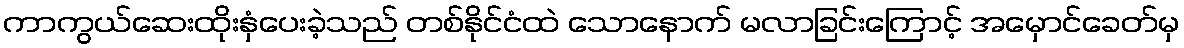
ကာကွယ်ဆေးထိုးနှံပေးခဲ့သည် တစ်နိုင်ငံထဲ သောနောက် မလာခြင်းကြောင့် အမှောင်ခေတ်မှ